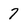
Character: 7